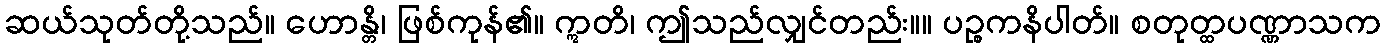
ဆယ်သုတ်တို့သည်။ ဟောန္တိ၊ ဖြစ်ကုန်၏။ ဣတိ၊ ဤသည်လျှင်တည်း။။ ပဉ္စကနိပါတ်။ စတုတ္ထပဏ္ဏာသက